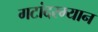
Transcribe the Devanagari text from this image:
गटांदरम्यान